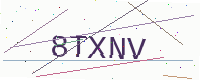
Text: 8TXNV